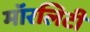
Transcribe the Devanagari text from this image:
मॉरलिटी